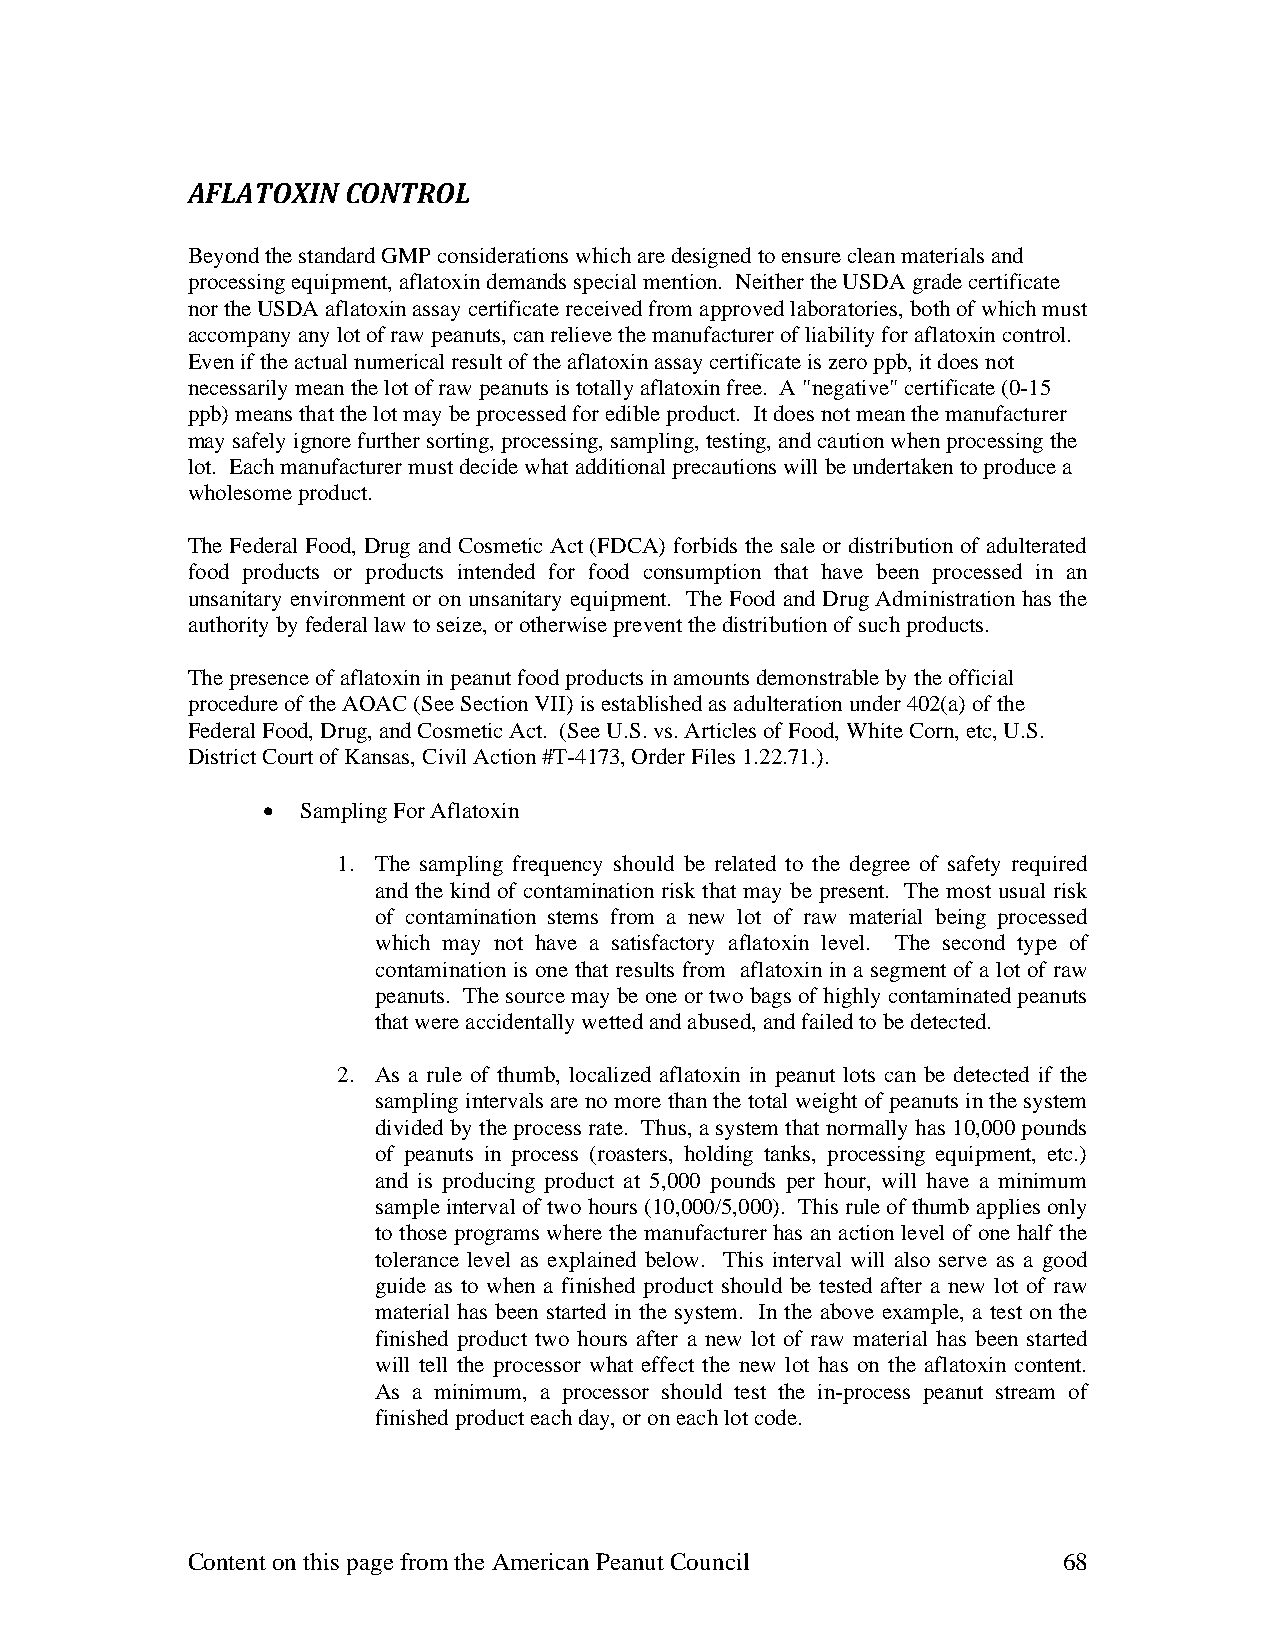
AFLATOXIN  CONTROL
 Beyond the standard GMP considerations which are designed to ensure clean materials and
 processing equipment, aflatoxin demands special mention. Neither the USDA grade certificate
 nor the USDA aflatoxin assay certificate received from approved laboratories, both of which must
 accompany any lot of raw peanuts, can relieve the manufacturer of liability for aflatoxin control.
 Even if the actual numerical result of the aflatoxin assay certificate is zero ppb, it does not
 necessarily mean the lot of raw peanuts is totally aflatoxin free. A "negative" certificate (0-15
 ppb) means that the lot may be processed for edible product. It does not mean the manufacturer
 may safely ignore further sorting, processing, sampling, testing, and caution when processing the
 lot. Each manufacturer must decide what additional precautions will be undertaken to produce a
 wholesome product.
 The Federal Food, Drug and Cosmetic Act (FDCA) forbids the sale or distribution of adulterated
 food products or products intended for food consumption that have been processed in an
 unsanitary environment or on unsanitary equipment. The Food and Drug Administration has the
 authority by federal law to seize, or otherwise prevent the distribution of such products.
 The presence of aflatoxin in peanut food products in amounts demonstrable by the official
 procedure of the AOAC (See Section VII) is established as adulteration under 402(a) of the
 Federal Food, Drug, and Cosmetic Act. (See U.S. vs. Articles of Food, White Corn, etc, U.S.
 District Court of Kansas, Civil Action #T-4173, Order Files 1.22.71.).
 •  Sampling For Aflatoxin
 1. The sampling frequency should be related to the degree of safety required
 and the kind of contamination risk that may be present. The most usual risk
 of contamination stems from a new lot of raw material being processed
 which may not have a satisfactory aflatoxin level. The second type of
 contamination is one that results from aflatoxin in a segment of a lot of raw
 peanuts. The source may be one or two bags of highly contaminated peanuts
 that were accidentally wetted and abused, and failed to be detected.
 2. As a rule of thumb, localized aflatoxin in peanut lots can be detected if the
 sampling intervals are no more than the total weight of peanuts in the system
 divided by the process rate. Thus, a system that normally has 10,000 pounds
 of peanuts in process (roasters, holding tanks, processing equipment, etc.)
 and is producing product at 5,000 pounds per hour, will have a minimum
 sample interval of two hours (10,000/5,000). This rule of thumb applies only
 to those programs where the manufacturer has an action level of one half the
 tolerance level as explained below. This interval will also serve as a good
 guide as to when a finished product should be tested after a new lot of raw
 material has been started in the system. In the above example, a test on the
 finished product two hours after a new lot of raw material has been started
 will tell the processor what effect the new lot has on the aflatoxin content.
 As a minimum, a processor should test the in-process peanut stream of
 finished product each day, or on each lot code.
 Content on this page from the American Peanut Council     68